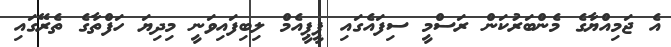
އެ ޖަމިއްޔާގެ މެންބަރުކަން ރަސްމީ ސިފައެގައި ޕީޕީއެމް ލިބިފައިވަނީ މިދިޔަ ހަފްތާގެ ތެރޭގައި